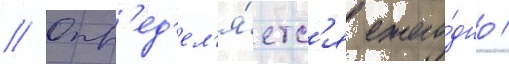
// Опр'ед'ел'я́етс'я ежего́дно /